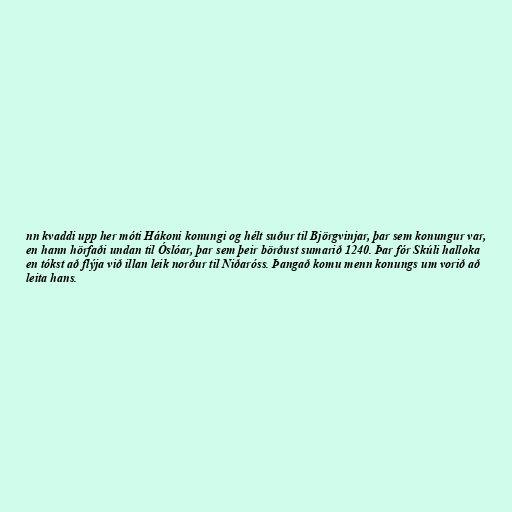
nn kvaddi upp her móti Hákoni konungi og hélt suður til Björgvinjar, þar sem konungur var,
en hann hörfaði undan til Óslóar, þar sem þeir börðust sumarið 1240. Þar fór Skúli halloka
en tókst að flýja við illan leik norður til Niðaróss. Þangað komu menn konungs um vorið að
leita hans.